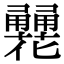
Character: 𤰏